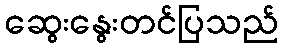
ဆွေးနွေးတင်ပြသည်